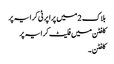
بلاک 2 میں پراپرٹی کرایہ پر
کلفٹن میں فلیٹ کرایہ پر
کلفٹن ۔